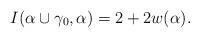
LaTeX: \begin{align*} I(\alpha\cup{\gamma_{0}},\alpha)=2+2w(\alpha).\end{align*}